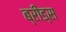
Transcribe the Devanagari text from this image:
ब्रीड्स